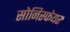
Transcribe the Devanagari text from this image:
सोनिस्फेयर